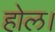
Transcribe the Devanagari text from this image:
होल।